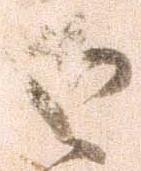
御